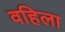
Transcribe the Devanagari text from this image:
वहिला